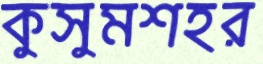
কুসুমশহর